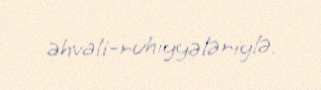
əhvali-ruhiyyələriylə.